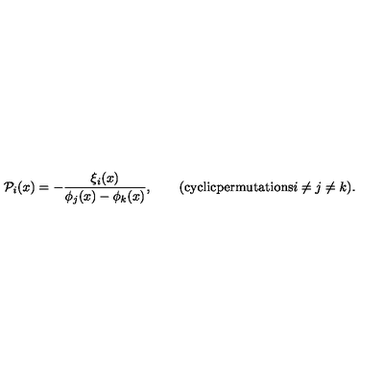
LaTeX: { \cal P } _ { i } ( x ) = - \frac { \xi _ { i } ( x ) } { \phi _ { j } ( x ) - \phi _ { k } ( x ) } , \qquad ( \mathrm { c y c l i c p e r m u t a t i o n s } i \not = j \not = k ) .